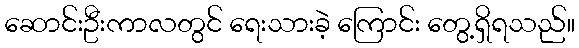
ဆောင်းဦးကာလတွင် ရေးသားခဲ့ ကြောင်း တွေ့ရှိရသည်။